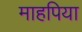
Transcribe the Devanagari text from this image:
माहपिया